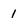
Character: 1